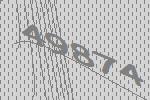
49874